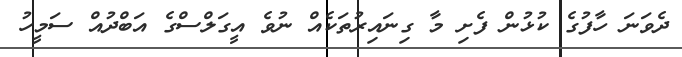
ދެވަނަ ހާފުގެ ކުޅުން ފެށި މާ ގިނައިރުތަކެއް ނުވެ އީގަލްސްގެ އަބްދުއް ސަމީހު